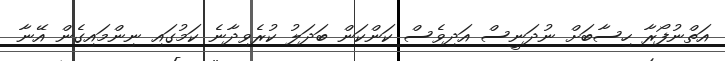
އަތްނުފޯރާ ހިސާބަށް ނުދަނީސް އަދިވެސް ކަންކަން ބަދަލު ކުރެވިދާނެ ކަމުގައި ނިންމައިގެން އޭނާ